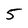
Character: 5